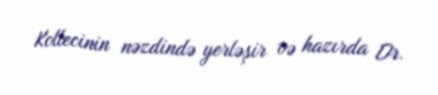
Kollecinin nəzdində yerləşir və hazırda Dr.